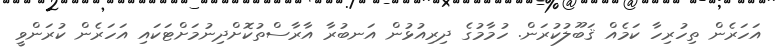
އަހަރެން ތިހުރިހާ ކަމެއް ޤަބޫލުކުރަން. ހުމާމުގެ ދިރިއުޅުން އަނބުރާ އާރާސްތުކޮށްދިނުމަށްޓަކައި އަހަރެން ކުރަންވީ